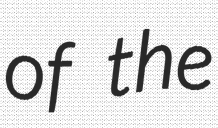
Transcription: of the